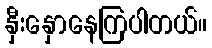
နှီးနှောနေကြပါတယ်။